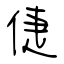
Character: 倢